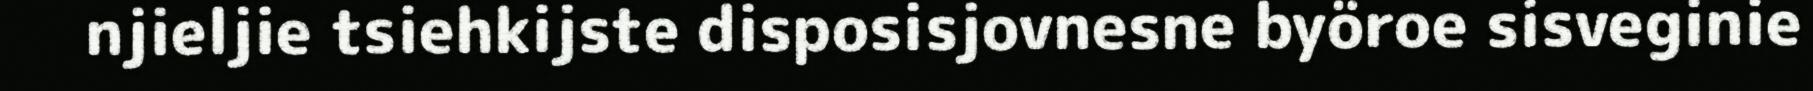
njieljie tsiehkijste disposisjovnesne byöroe sisveginie